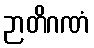
ဉာတိဂဏံ